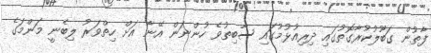
ފާތުން ގަބޫލުކުރާގޮތުގައި ދިރިއުޅުމުގައި ސާބިތުވެ ހުންނަން އޭނާ އަށް ހިތްވަރު ލިބެނީ މަންމަގެ